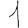
Digit: 1